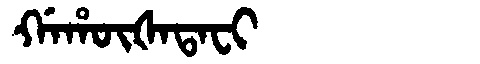
Manchu: ᡤᠠᡥᡡᡧᠠᡨᠠᠸᡳ
Romanization: GAHŪŠATAFI